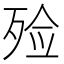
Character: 殓